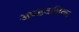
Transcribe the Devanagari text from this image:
अण्डवाहिका